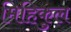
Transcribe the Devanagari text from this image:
मिहिकुल